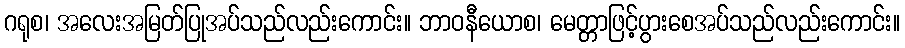
ဂရုစ၊ အလေးအမြတ်ပြုအပ်သည်လည်းကောင်း။ ဘာဝနီယောစ၊ မေတ္တာဖြင့်ပွားစေအပ်သည်လည်းကောင်း။